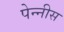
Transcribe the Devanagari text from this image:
पेन्नीस